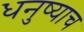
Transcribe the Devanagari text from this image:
धनुष्याच